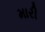
મારી